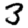
Digit: 3